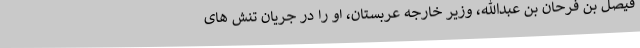
فیصل بن فرحان بن عبدالله، وزیر خارجه عربستان، او را در جریان تنش های